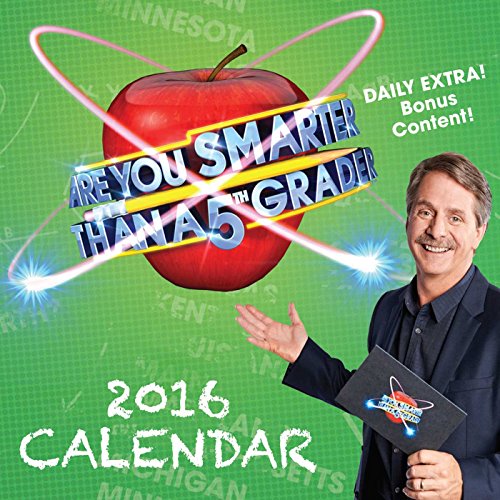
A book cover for Are You Smarter Than A 5th Grader? 2016 Day-to-Day Calendar; Officially Licensed from United Artists Media Group; Calendars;